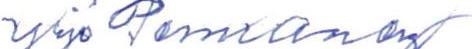
Yrjö Pennanen